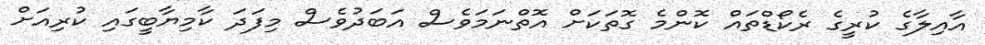
އާއިލާގެ ކުރީގެ ރެކޯޑްތައް ކޮންމެ ގޮތަކަށް އޮތްނަމަވެސް އަބަދުވެސް މިފަދަ ކާމިޔާބީގައި ކުރިއަށް